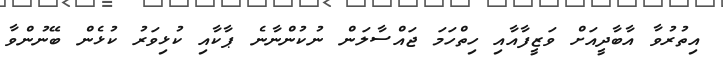
އިތުރުވާ އާބާދީއަށް ވަޒީފާއާއި ހިތްހަމަ ޖައްސާލަން ނުކުންނާނެ ޕާކާއި ކުޅިވަރު ކުޅެން ބޭނުންވާ